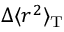
\Delta \langle r ^ { 2 } \rangle _ { \mathrm { T } }